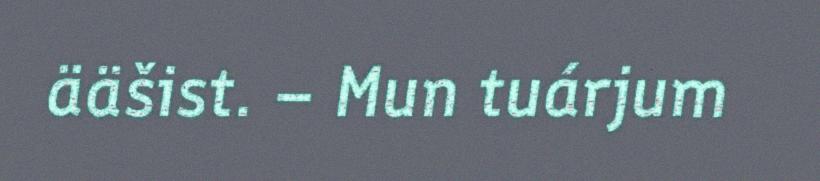
ääšist. – Mun tuárjum